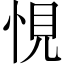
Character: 悓